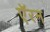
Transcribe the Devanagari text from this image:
ऍरन